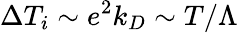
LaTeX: \Delta T_{i}\sim e^{2}k_{D}\sim T/\Lambda